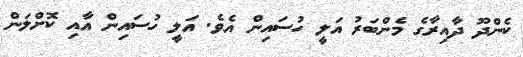
ކެންދޫ ދާއިރާގެ މެންބަރު އަލީ ހުސައިން އެވެ. އަލީ ހުސައިން އާއި ކޮށްލަން